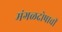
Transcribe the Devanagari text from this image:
मंगळदोषाची